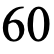
60